Vaccination in the Punjab 1867-1880 - 1867-1880
Year: 1867
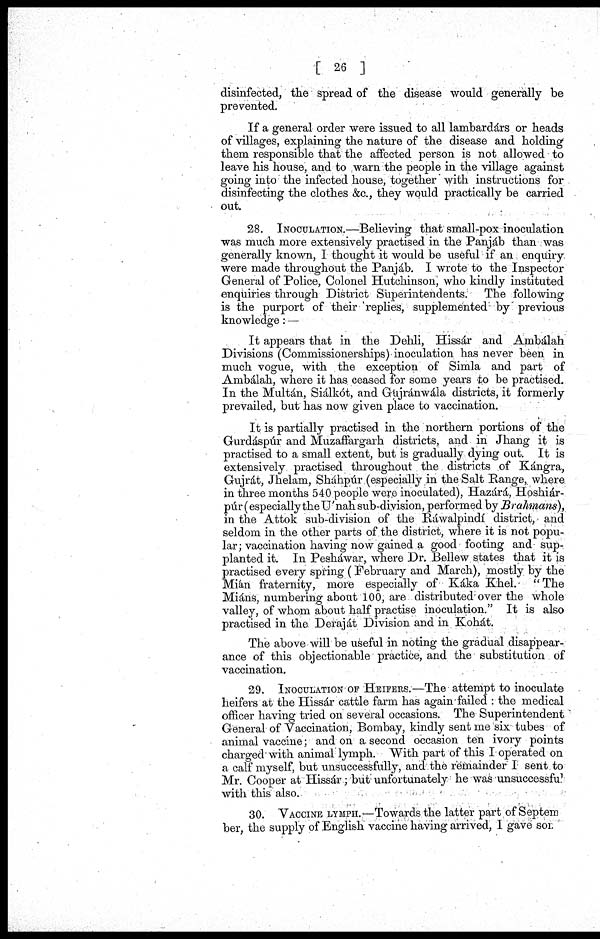
[ 26 ]
disinfected, the spread of the disease would generally be
prevented.
If a general order were issued to all lambardárs or heads
of villages, explaining the nature of the disease and holding
them responsible that the affected person is not allowed to
leave his house, and to warn the people in the village against
going into the infected house, together with instructions for
disinfecting the clothes &c., they would practically be carried
out.
28. INOCULATION.—Believing that small-pox inoculation
was much more extensively practised in the Panjáb than was
generally known, I thought it would be useful if an enquiry
were made throughout the Panjáb. I wrote to the Inspector
General of Police, Colonel Hutchinson, who kindly instituted
enquiries through District Superintendents.
The following
is the purport of their replies, supplemented by previous
knowledge: —
It appears that in the Dehli, Hissár and Ambálah
Divisions (Commissionerships) inoculation has never been in
much vogue, with the exception of Simla and part of
Ambálah, where it has ceased for some years to be practised.
In the Multán, Siálkót, and Gujránwála districts, it formerly
prevailed, but has now given place to vaccination.
It is partially practised in the northern portions of the
Gurdáspúr and Muzaffargarh districts, and in Jhang it is
practised to a small extent, but is gradually dying out. It is
extensively practised throughout the districts of Kángra,
Gujrát, Jhelam, Sháhpúr (especially in the Salt Range, where
in three months 540 people were inoculated), Hazárá, Hoshiár-
púr (especiallythe U'nah sub-division, performed by Brahmans),
in the Attok sub-division of the Ráwalpindí district, and
seldom in the other parts of the district, where it is not popu-
lar; vaccination having now gained a good footing and sup-
planted it. In Pesháwar, where Dr. Bellew states that it is
practised every spring (February and March), mostly by the
Mián fraternity, more especially of Káka Khel.
"The
Miáns, numbering about 100, are distributed over the whole
valley, of whom about half practise inoculation." It is also
practised in the Deraját Division and in Kohát.
The above will be useful in noting the gradual disappear-
ance of this objectionable practice, and the substitution of
vaccination.
29. INOCULATION OF HEIFERS.—The attempt to inoculate
heifers at the Hissár cattle farm has again failed : the medical
officer having tried on several occasions. The Superintendent
General of Vaccination, Bombay, kindly sent me six tubes of
animal vaccine; and on a second occasion ten ivory points
charged with animal lymph. With part of this I operated on
a calf myself, but unsuccessfully, and the remainder I sent to
Mr. Cooper at Hissár; but unfortunately he was unsuccessful 1
with this also.
30. VACCINE LYMPH.—Towards the latter part of Septem
ber, the supply of English vaccine having arrived, I gave sor